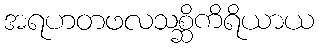
အရဟတဖလသစ္ဆိကိရိယာယ